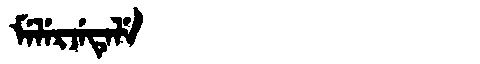
Manchu: ᠮᡝᠯᡝᡵᠵᡝᡨᡝᠯᡝ
Romanization: MELERJETELE